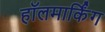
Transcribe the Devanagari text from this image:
हॉलमार्किंग